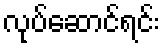
လုပ်ဆောင်ရင်း